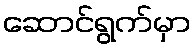
ဆောင်ရွက်မှာ